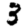
Digit: 3